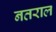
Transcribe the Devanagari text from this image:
नतराल